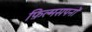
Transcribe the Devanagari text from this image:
फ़िल्मसपनों